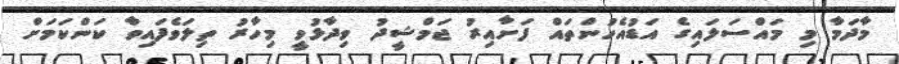
މާދަމާ މި މައްސަލައިގެ އަޑުއެހުންތައް ފަށާއިރު ޖަމްޝީދު ވިދާޅުވީ މިހާރު ތިލަވެފައިވާ ކަންކަމަށް